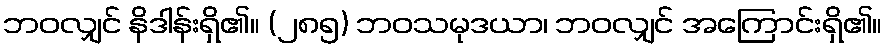
ဘဝလျှင် နိဒါန်းရှိ၏။ (၂၈၅) ဘဝသမုဒယာ၊ ဘဝလျှင် အကြောင်းရှိ၏။